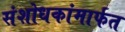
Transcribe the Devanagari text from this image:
संशोधकांमार्फत